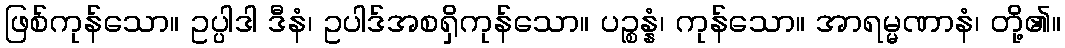
ဖြစ်ကုန်သော။ ဥပ္ပါဒါ ဒီနံ၊ ဥပါဒ်အစရှိကုန်သော။ ပဉ္စန္နံ၊ ကုန်သော။ အာရမ္မဏာနံ၊ တို့၏။